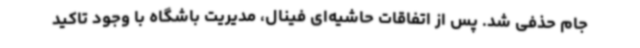
جام حذفی شد. پس از اتفاقات حاشیه‌ای فینال، مدیریت باشگاه با وجود تاکید